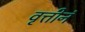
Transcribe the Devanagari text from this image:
वृत्तीनं